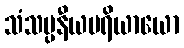
သံသပ္ပနီယပရိယာယော